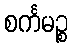
စင်္ကမဉ္စ